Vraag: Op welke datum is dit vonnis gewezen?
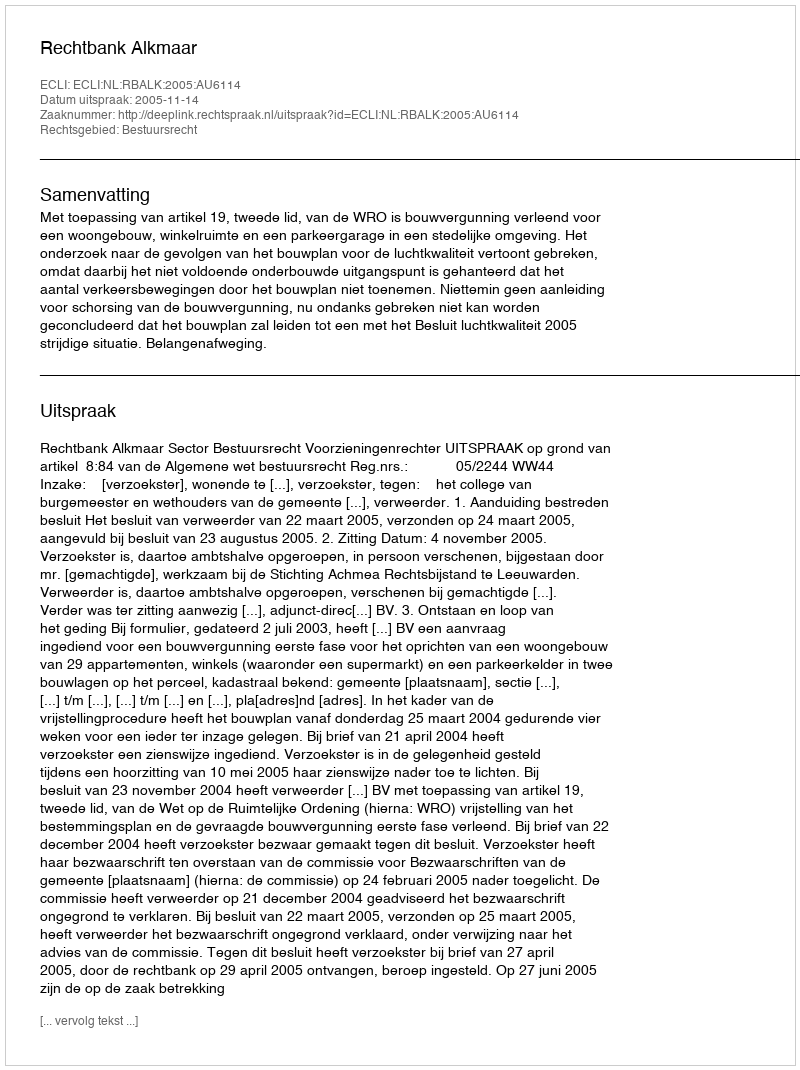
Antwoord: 2005-11-14